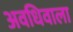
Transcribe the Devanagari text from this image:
अवधिवाला